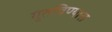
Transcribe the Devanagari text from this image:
गुंतविण्यास